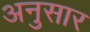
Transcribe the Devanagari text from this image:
अनुसार